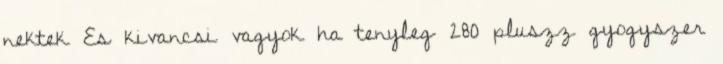
nektek Es kivancsi vagyok ha tenyleg 280 pluszz gyogyszer